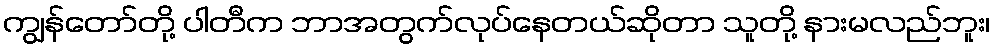
ကျွန်တော်တို့ ပါတီက ဘာအတွက်လုပ်နေတယ်ဆိုတာ သူတို့ နားမလည်ဘူး၊